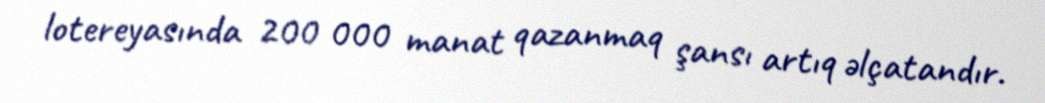
lotereyasında 200 000 manat qazanmaq şansı artıq əlçatandır.